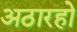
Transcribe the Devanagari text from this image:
अठारहो